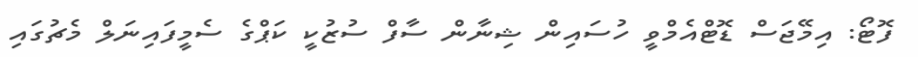
ފޮޓޯ: އިމޭޖަސް ޑޮޓްއެމްވީ ހުސައިން ޝިނާން ސާފް ސުޒުކީ ކަޕްގެ ސެމީފައިނަލް މެޗުގައި